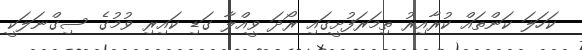
ކަހަލަ ކަންތައް ކުރާއިރު ތިމަރަފުށީގައި ރޯދަ ވީއްލާ ގަޑި ކައިރި ވުމުގެ ސިގްނަލަކީ